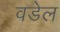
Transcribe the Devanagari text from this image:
वडेल